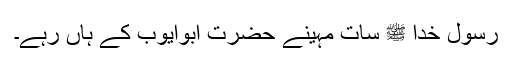
رسول خدا ﷺ سات مہینے حضرت ابوایوبؓ کے ہاں رہے۔